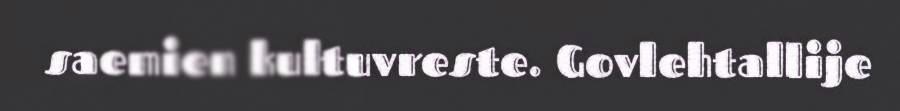
saemien kultuvreste. Govlehtallije